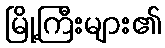
မြို့ကြီးများ၏